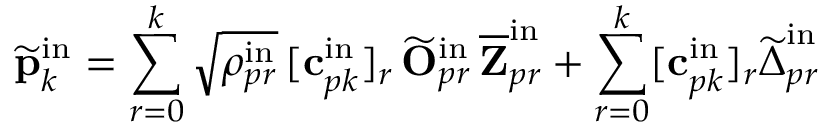
\widetilde { \mathbf { p } } _ { k } ^ { \mathrm { i n } } = \sum _ { r = 0 } ^ { k } \sqrt { \rho _ { p r } ^ { \mathrm { i n } } } \, [ \mathbf { c } _ { p k } ^ { \mathrm { i n } } ] _ { r } \, \widetilde { \mathbf { O } } _ { p r } ^ { \mathrm { i n } } \, \overline { { \mathbf { Z } } } _ { p r } ^ { \mathrm { i n } } + \sum _ { r = 0 } ^ { k } [ \mathbf { c } _ { p k } ^ { \mathrm { i n } } ] _ { r } \widetilde { \boldsymbol { \Delta } } _ { p r } ^ { \mathrm { i n } }